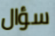
سؤال